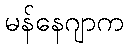
မန်နေဂျာက